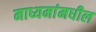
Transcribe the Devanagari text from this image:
माध्यमांमधील